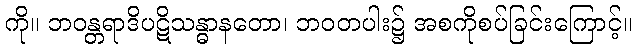
ကို။ ဘဝန္တရာဒိပဋိသန္ဓာနတော၊ ဘဝတပါး၌ အစကိုစပ်ခြင်းကြောင့်။